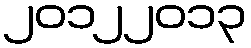
၂၀၁၂၂၀၁၃